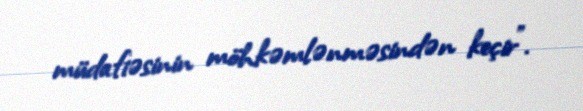
müdafiəsinin möhkəmlənməsindən keçir”.